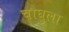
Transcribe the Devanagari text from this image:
चौघुला